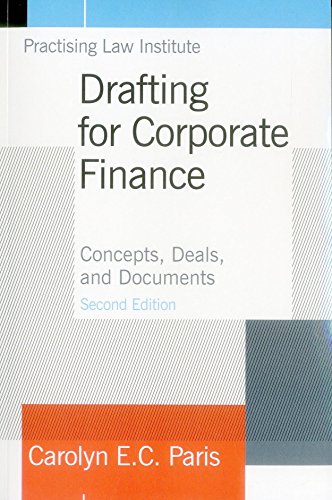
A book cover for Drafting for Corporate Finance: Concepts, Deals, and Documents (Volume 1); Carolyn E.C. Paris; Law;